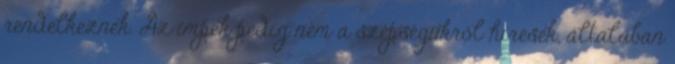
rendelkeznek. Az impek pedig nem a szépségükről híresek, általában